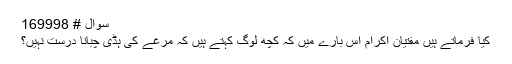
سوال # 169998
کیا فرماتے ہیں مفتیان اکرام اس بارے میں کہ کچھ لوگ کہتے ہیں کہ مرغے کی ہڈی چبانا درست نہیں؟